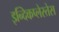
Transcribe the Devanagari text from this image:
इन्दिकप्लेस्तेस